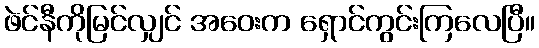
ဖဲင်နီကိုမြင်လျှင် အဝေးက ရှောင်ကွင်းကြလေပြီ။